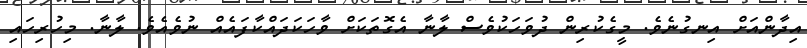
އިދާންއަށް އިނގުނެވެ. މީގެކުރިން ދުވަހަކުވެސް ލާނާ އެގޮތަކަށް ވާހަކަދައްކާފައެއް ނުވެއެވެ. ލާނާ. މިހުރިހައި